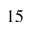
_ { 1 5 }